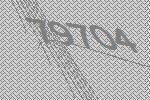
79704